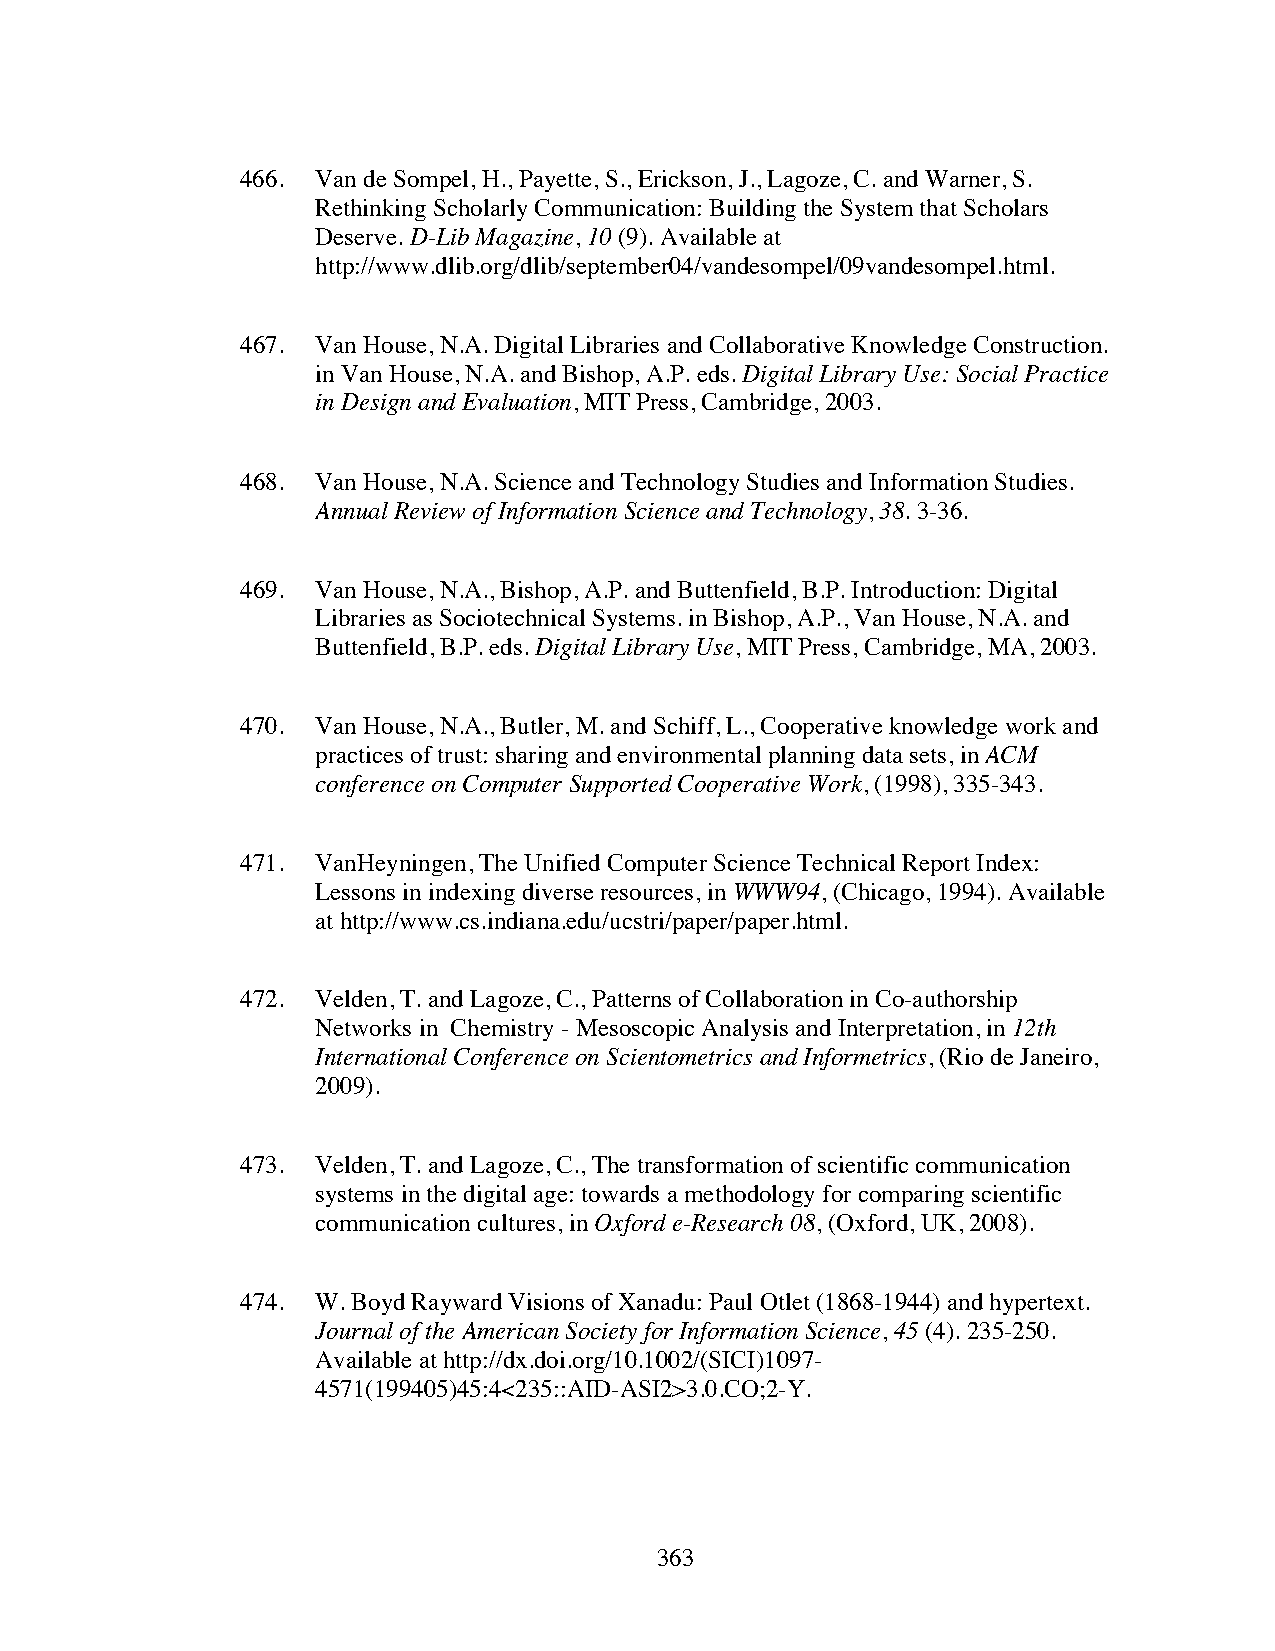
466. Van de Sompel, H., Payette, S., Erickson, J., Lagoze, C. and Warner, S.
 Rethinking Scholarly Communication: Building the System that Scholars
 Deserve. D-Lib Magazine, 10 (9). Available at
 http://www.dlib.org/dlib/september04/vandesompel/09vandesompel.html.
 467. Van House, N.A. Digital Libraries and Collaborative Knowledge Construction.
 in Van House, N.A. and Bishop, A.P. eds. Digital Library Use: Social Practice
 in Design and Evaluation, MIT Press, Cambridge, 2003.
 468. Van House, N.A. Science and Technology Studies and Information Studies.
 Annual Review of Information Science and Technology, 38. 3-36.
 469. Van House, N.A., Bishop, A.P. and Buttenfield, B.P. Introduction: Digital
 Libraries as Sociotechnical Systems. in Bishop, A.P., Van House, N.A. and
 Buttenfield, B.P. eds. Digital Library Use, MIT Press, Cambridge, MA, 2003.
 470. Van House, N.A., Butler, M. and Schiff, L., Cooperative knowledge work and
 practices of trust: sharing and environmental planning data sets, in ACM
 conference on Computer Supported Cooperative Work, (1998), 335-343.
 471. VanHeyningen, The Unified Computer Science Technical Report Index:
 Lessons in indexing diverse resources, in WWW94, (Chicago, 1994). Available
 at http://www.cs.indiana.edu/ucstri/paper/paper.html.
 472. Velden, T. and Lagoze, C., Patterns of Collaboration in Co-authorship
 Networks in Chemistry - Mesoscopic Analysis and Interpretation, in 12th
 International Conference on Scientometrics and Informetrics, (Rio de Janeiro,
 2009).
 473. Velden, T. and Lagoze, C., The transformation of scientific communication
 systems in the digital age: towards a methodology for comparing scientific
 communication cultures, in Oxford e-Research 08, (Oxford, UK, 2008).
 474. W. Boyd Rayward Visions of Xanadu: Paul Otlet (1868-1944) and hypertext.
 Journal of the American Society for Information Science, 45 (4). 235-250.
 Available at http://dx.doi.org/10.1002/(SICI)1097-
 4571(199405)45:4<235::AID-ASI2>3.0.CO;2-Y.
 363